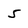
Character: 5